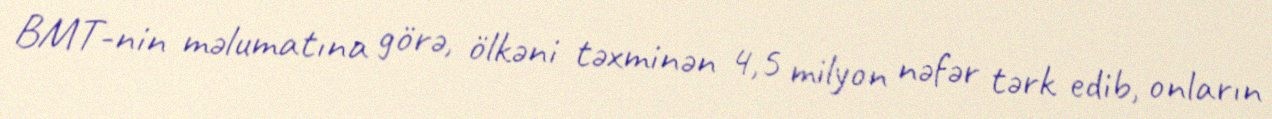
BMT-nin məlumatına görə, ölkəni təxminən 4,5 milyon nəfər tərk edib, onların